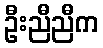
ဦးညီညီက